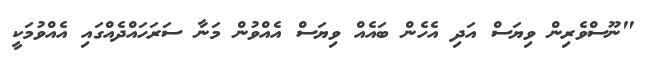
"ނޫސްވެރިން ވިޔަސް އަދި އެހެން ބައެއް ވިޔަސް އެއްވުން މަނާ ސަރަހައްދެއްގައި އެއްވުމަކީ